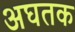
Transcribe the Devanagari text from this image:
अघतक